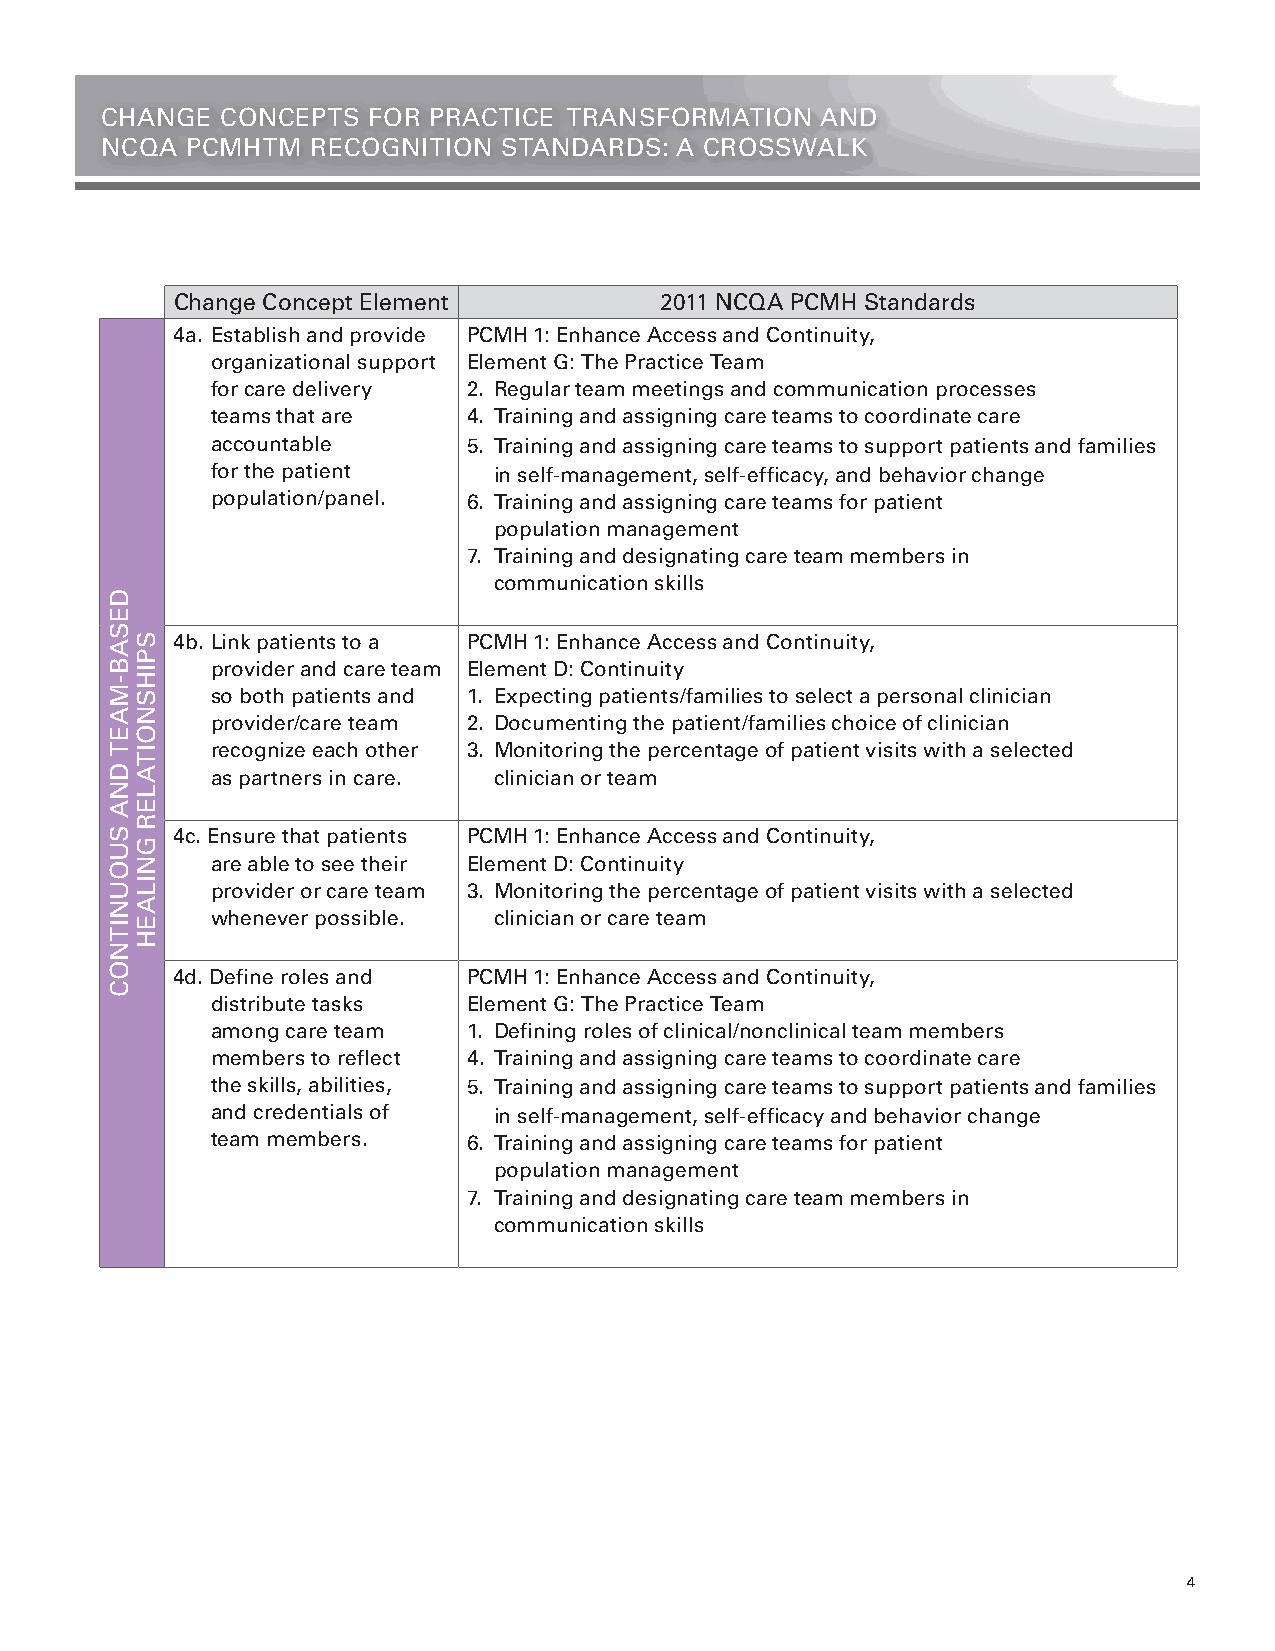
CHANGE  CONCEPTS FOR PRACTICE TRANSFORMATION   AND
 NCQA PCMHTM   RECOGNITION STANDARDS:  A CROSSWALK
 Change Concept Element          2011 NCQA PCMH Standards
 4a. Establish and provide PCMH 1: Enhance Access and Continuity,
 organizational support Element G: The Practice Team
 for care delivery 2. Regular team meetings and communication processes
 teams that are   4. Training and assigning care teams to coordinate care
 accountable      5. Training and assigning care teams to support patients and families
 for the patient    in self-management, self-efficacy, and behavior change
 population/panel. 6. Training and assigning care teams for patient
 population management
 7. Training and designating care team members in
 communication skills
 4b. Link patients to a PCMH 1: Enhance Access and Continuity,
 provider and care team Element D: Continuity
 so both patients and 1. Expecting patients/families to select a personal clinician
 provider/care team 2. Documenting the patient/families choice of clinician
 recognize each other 3. Monitoring the percentage of patient visits with a selected
 as partners in care. clinician or team
 4c. Ensure that patients PCMH 1: Enhance Access and Continuity,
 are able to see their Element D: Continuity
 provider or care team 3. Monitoring the percentage of patient visits with a selected
 whenever possible. clinician or care team
 4d. Define roles and PCMH 1: Enhance Access and Continuity,
 distribute tasks Element G: The Practice Team
 among care team  1. Defining roles of clinical/nonclinical team members
 members to reflect 4. Training and assigning care teams to coordinate care
 the skills, abilities, 5. Training and assigning care teams to support patients and families
 and credentials of in self-management, self-efficacy and behavior change
 team members.    6. Training and assigning care teams for patient
 population management
 7. Training and designating care team members in
 communication skills
 4
 DESAB-MAET
 DNA
 SUOUNITNOC
 SPIHSNOITALER
 GNILAEH